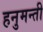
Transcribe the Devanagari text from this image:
हनुमन्ती